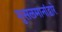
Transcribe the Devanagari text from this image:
मुसलमानांद्वारे